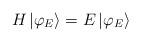
LaTeX: \begin{align*}H\left| \varphi _{E}\right\rangle =E\left| \varphi _{E}\right\rangle\end{align*}